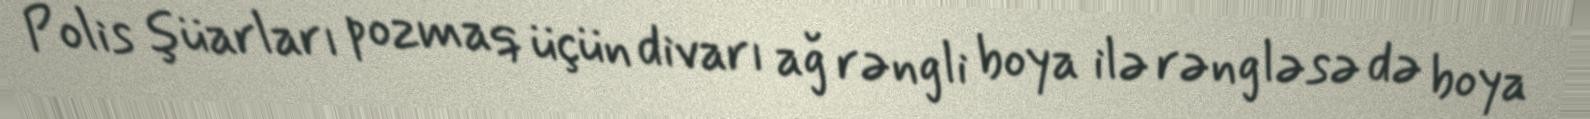
Polis şüarları pozmaq üçün divarı ağ rəngli boya ilə rəngləsə də boya